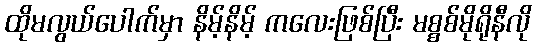
ထိုမလွယ်ပေါက်မှာ နိမ့်နိမ့် ကလေးဖြစ်ပြီး မစ္စစ်မိုရိုနီလို